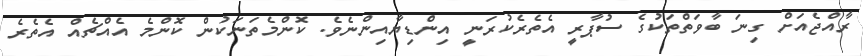
ރާއްޖެއަށް ގިނަ ބާވަތްތަކުގެ ސުޕާރީ އެތެރެކުރަނީ އިންޑިޔާއިންނެވެ. ކޮންމެތަނަކުން ކޮންމެ އެއްޗެއް އެތެރެ